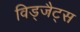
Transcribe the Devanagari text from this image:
विड्जैट्स